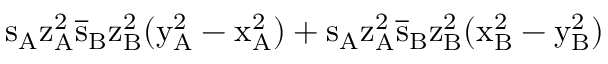
\mathrm { s _ { A } \mathrm { z _ { A } ^ { 2 } \mathrm { \overline { { s } } _ { B } \mathrm { z _ { B } ^ { 2 } ( \mathrm { y _ { A } ^ { 2 } - \mathrm { x _ { A } ^ { 2 } ) + \mathrm { s _ { A } \mathrm { z _ { A } ^ { 2 } \mathrm { \overline { { s } } _ { B } \mathrm { z _ { B } ^ { 2 } ( \mathrm { x _ { B } ^ { 2 } - \mathrm { y _ { B } ^ { 2 } ) } } } } } } } } } } } }